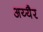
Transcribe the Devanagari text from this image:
अय्यैर